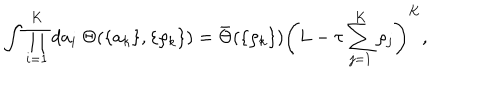
\int \prod _ { i = 1 } ^ { K } d a _ { i } \ \Theta ( \{ a _ { k } \} , \{ \rho _ { k } \} ) = \bar { \Theta } ( \{ \rho _ { k } \} ) \left( L - \tau \sum _ { j = 1 } ^ { K } \rho _ { j } \right) ^ { K } ,